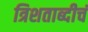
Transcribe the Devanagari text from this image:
त्रिशताब्दीचं